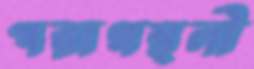
পরাগস্থলী